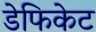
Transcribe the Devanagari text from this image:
डेफिकेट